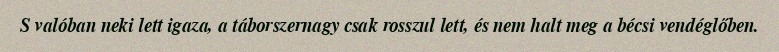
S valóban neki lett igaza, a táborszernagy csak rosszul lett, és nem halt meg a bécsi vendéglőben.